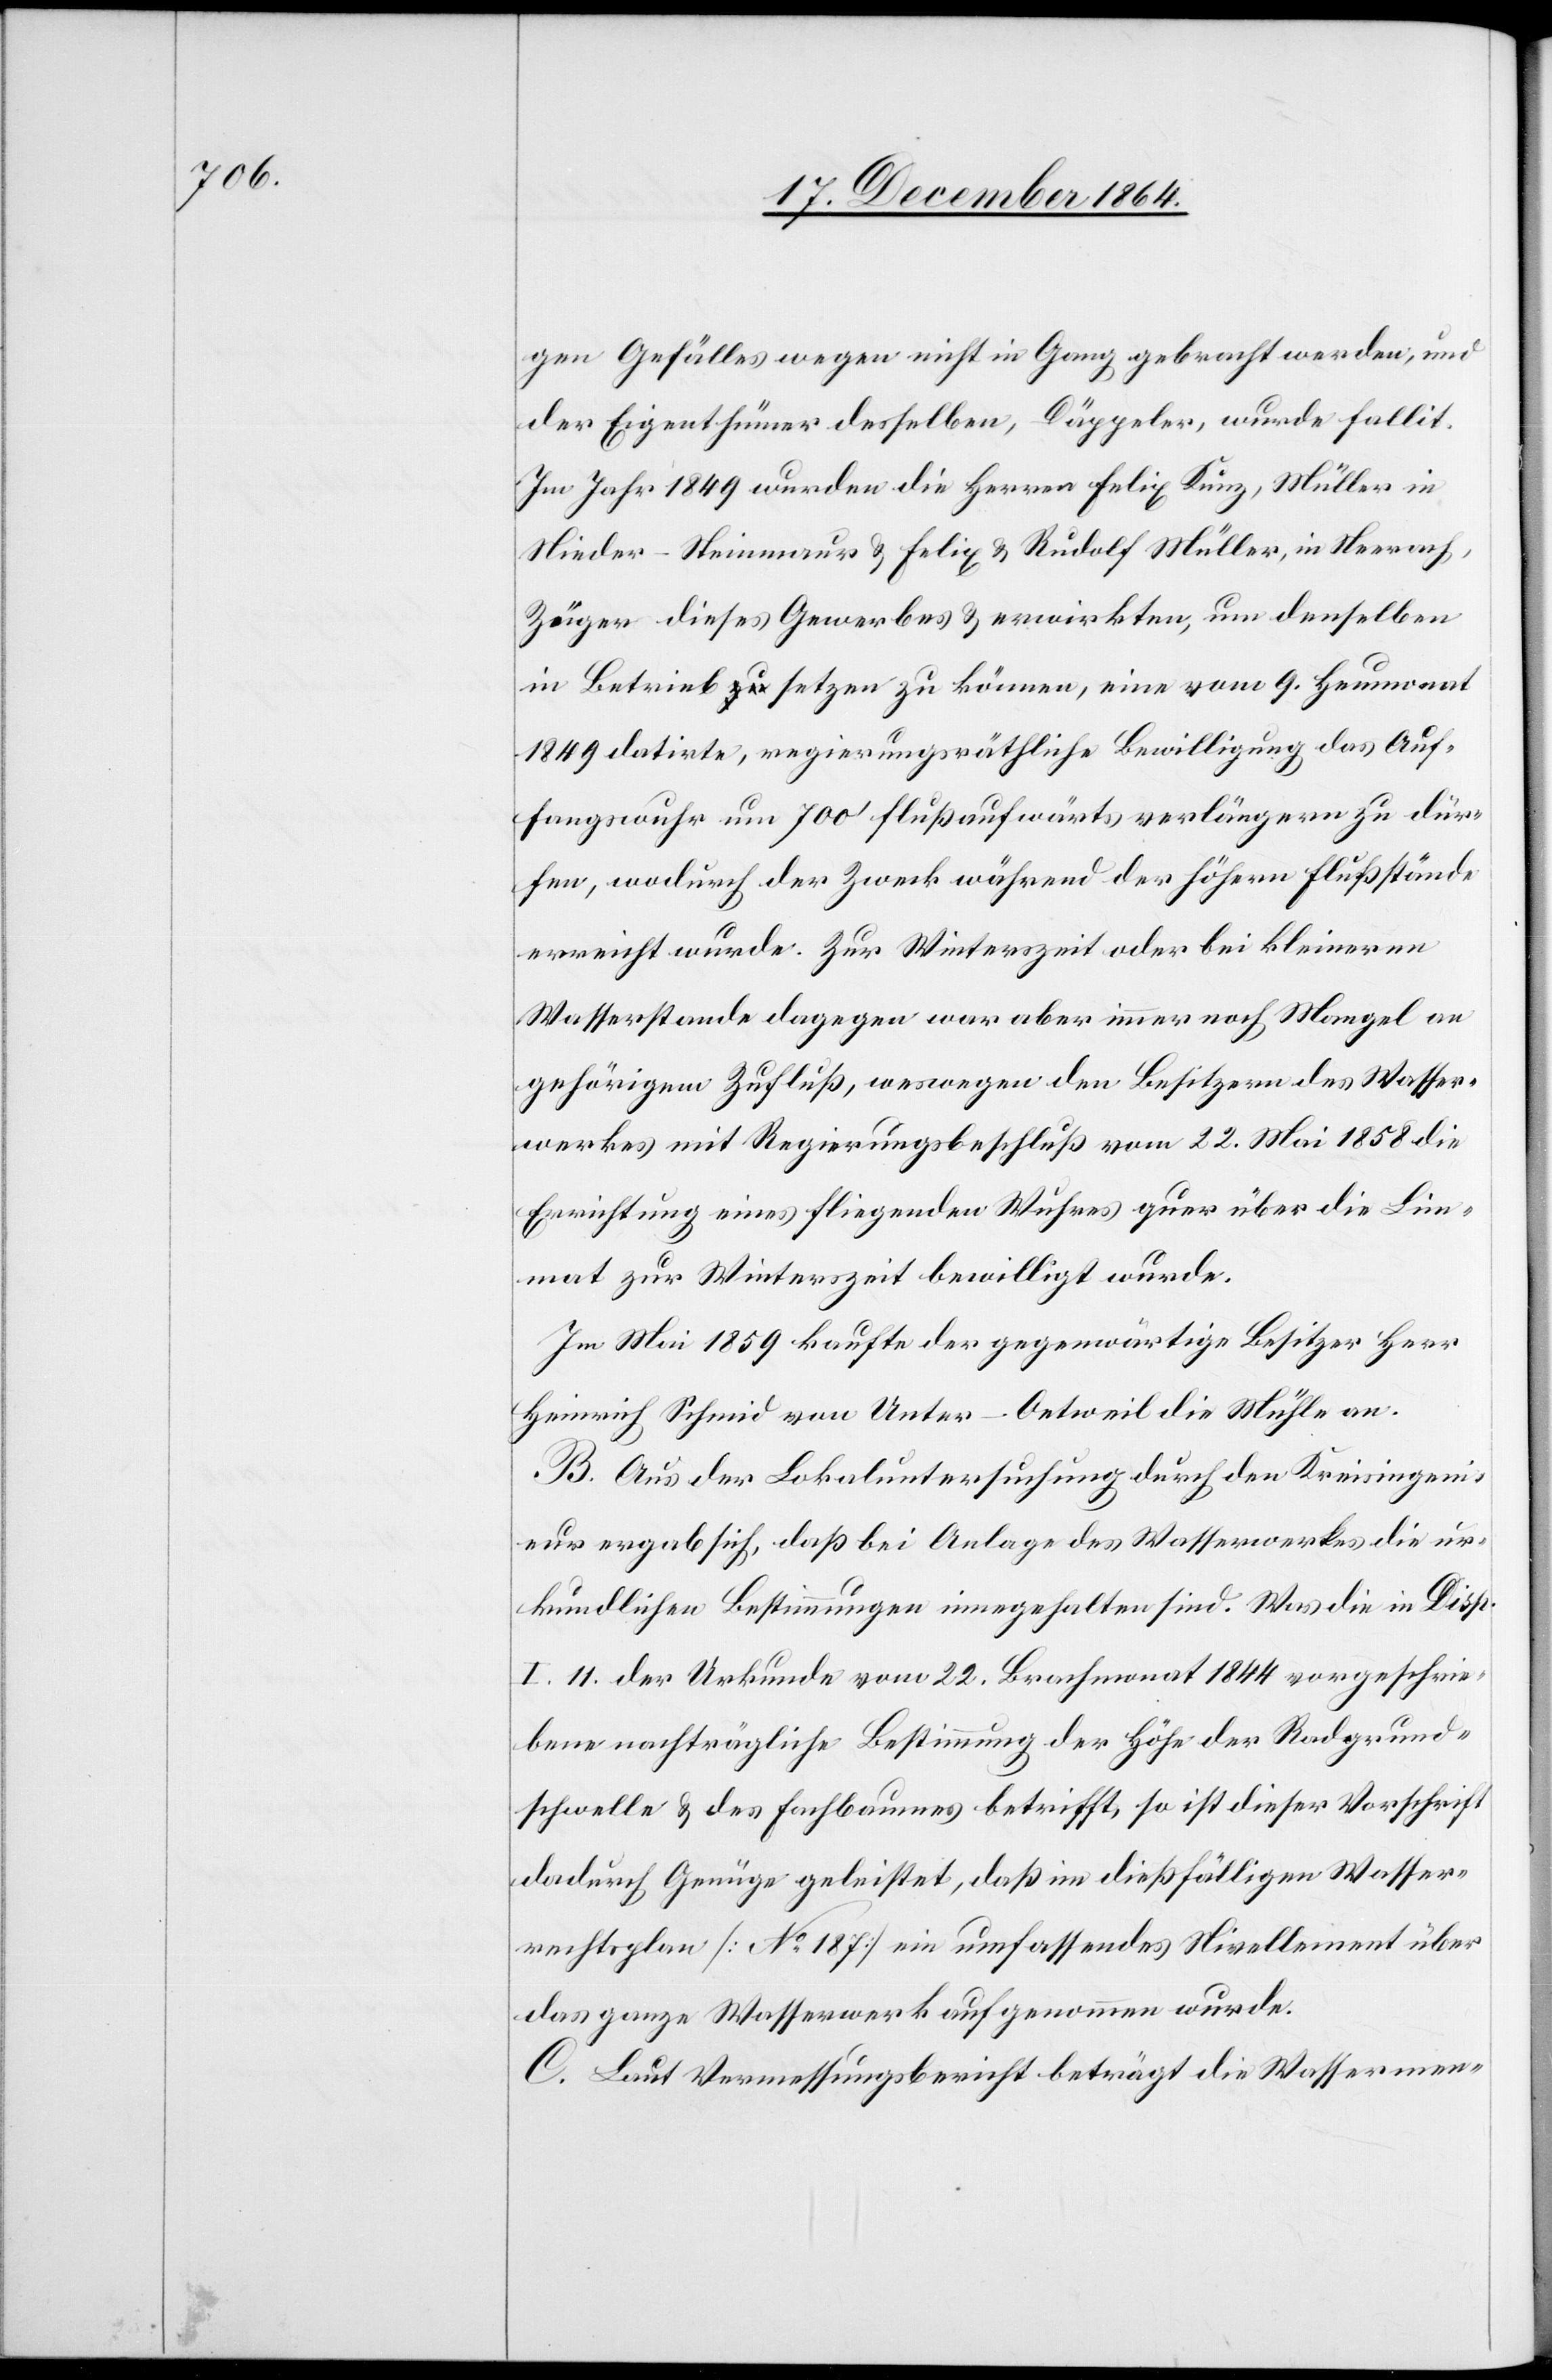
gen Gefälles wegen nicht in Gang gebracht werden, und
der Eigenthümer desselben, Däppeler, wurde fallit.
Im Jahr 1849 wurden die Herren Felix Kunz, Müller in
Nieder-Steinmaur & Felix & Rudolf Müller, in Neerach,
Züger dieses Gewerbes & erwirkten, um denselben
in Betrieb setzen zu können, eine vom 9. Heumonat
1849 datirte, regierungsräthliche Bewilligung das Auf¬
fangswuhr um 700’ flußaufwärts verlängern zu dür¬
fen, wodurch der Zweck während der höhern Flußstände
erreicht wurde. Zur Winterzeit oder bei kleinerm
Wasserstande dagegen war aber immer noch Mangel an
gehörigem Zufluß, weswegen den Besitzern des Wasser¬
werkes mit Regierungsbeschluß vom 22. Mai 1858 die
Errichtung eines fliegenden Wuhres quer über die Lim¬
mat zur Winterzeit bewilligt wurde.
Im Mai 1859 kaufte der gegenwärtige Besitzer Herr
Heinrich Schmid von Unter-Oetweil die Mühle an.
B. Aus der Lokaluntersuchung durch den Kreisingeni¬
eur ergab sich, daß bei Anlage des Wasserwerkes die ur¬
kundlichen Bestimmungen innegehalten sind. Was die in Disp.
I. 11. der Urkunde vom 22. Brachmonat 1844 vorgeschrie¬
bene nachträgliche Bestimmung der Höhe der Radgrund¬
schwelle & des Fachbaumes betrifft, so ist dieser Vorschrift
dadurch Genüge geleistet, daß im dießfälligen Wasser¬
rechtsplan [No 187] ein umfassendes Nivellement über
das ganze Wasserwerk aufgenommen wurde.
C. Laut Vermessungsbericht beträgt die Wassermen-